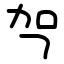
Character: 㔖